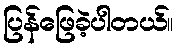
ပြန်ဖြေခဲ့ပါတယ်။